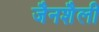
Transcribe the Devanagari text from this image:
जैनशैली